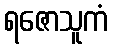
ရဇောသူကံ